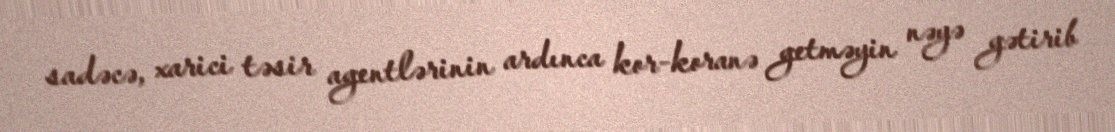
sadəcə, xarici təsir agentlərinin ardınca kor-koranə getməyin nəyə gətirib